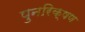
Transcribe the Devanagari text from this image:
पुनरिक्षण